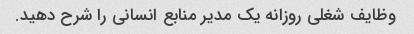
وظایف شغلی روزانه یک مدیر منابع انسانی را شرح دهید.